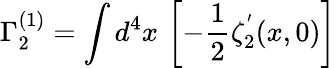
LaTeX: \Gamma_{2}^{(1)}=\int d^{4}x\, \left[-{\frac{1}{2}}\zeta_{2}^{^{\prime}}(x,0)\right]